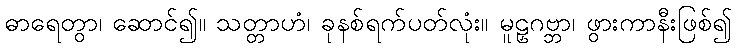
ဓာရေတွာ၊ ဆောင်၍။ သတ္တာဟံ၊ ခုနစ်ရက်ပတ်လုံး။ မူဠှဂဗ္ဘာ၊ ဖွားကာနီးဖြစ်၍